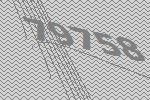
79758